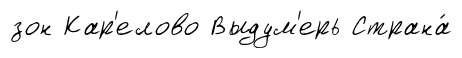
зон Кар'елово Выдум'ерь Страна́